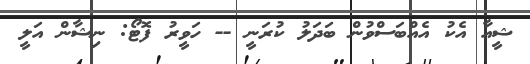
ޝީއާ އެކު އެއްބަސްވުން ބަދަލު ކުރަނީ -- ހަވީރު ފޮޓޯ: ނިޝާން އަލީ